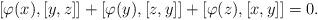
LaTeX: \begin{align*}[\varphi(x),[y,z]]+[\varphi(y),[z,y]]+[\varphi(z),[x,y]]=0.\end{align*}